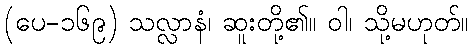
(ပေ-၁၆၉) သလ္လာနံ၊ ဆူးတို့၏။ ဝါ၊ သို့မဟုတ်။